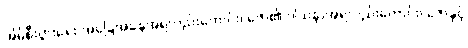
အိမ်စီးပွားရေး အခြေအနေအရလည်းကောင်း၊ ဇော်၏ ဝါသနာအရလည်းကောင်း၊ ဇော်နှင့်